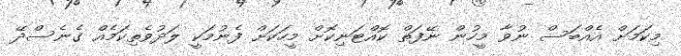
މިކަމަށް އެއްބަސް ނުވާ މީހުން ނޭފަތް ކޮއްޓަނިކޮށް މީހަކަށް ފެނުމަކީ ލަދުވެތިކަމެއް ގެނެސްދޭ